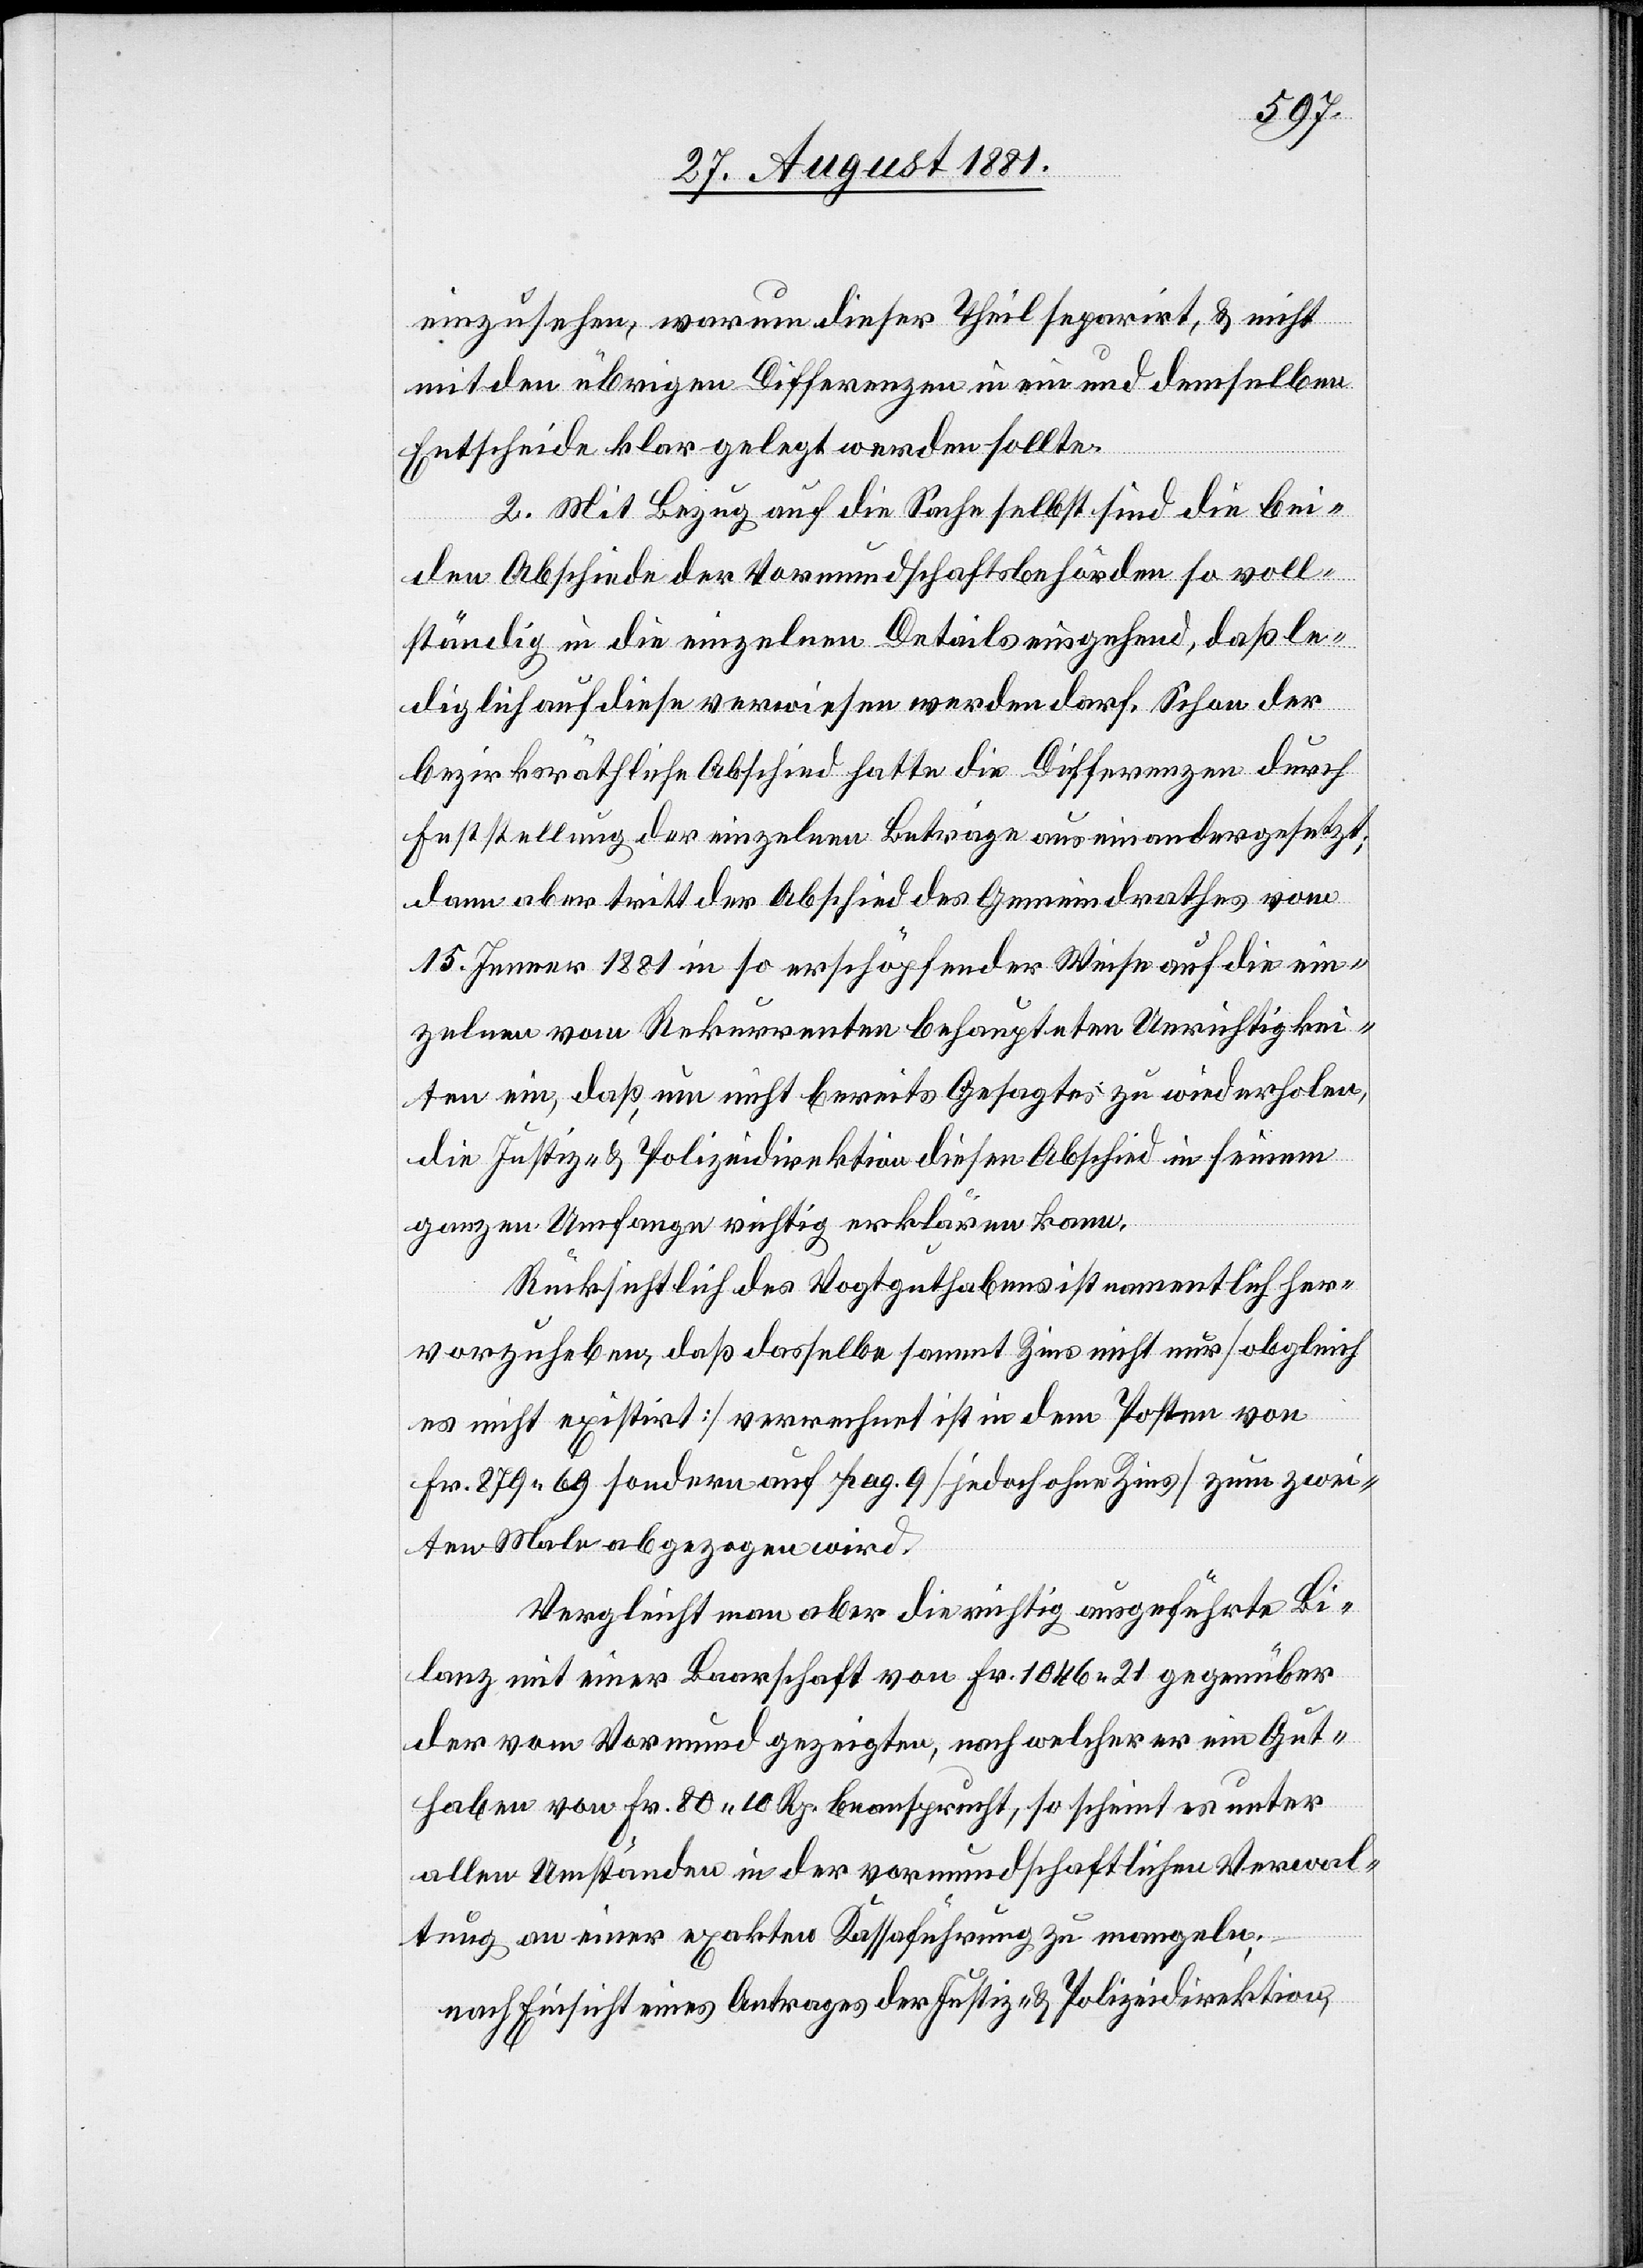
einzusehen, warum dieser Theil separirt & nicht
mit den übrigen Differenzen in ein und demselben
Entscheide klar gelegt werden sollte.
2. Mit Bezug auf die Sache selbst sind die bei¬
den Abschiede der Vormundschaftsbehörden so voll¬
ständig in die einzelnen Details eingehend, daß le¬
diglich auf diese verwiesen werden darf. Schon der
bezirksräthliche Abschied hatte die Differenzen durch
Feststellung der einzelnen Beträge auseinandergesetzt;
dann aber tritt der Abschied des Gemeindrathes vom
15. Januar 1881 in so erschöpfender Weise auf die ein¬
zelnen vom Rekurrenten behaupteten Unrichtigkei¬
ten ein, daß um nicht bereits Gesagtes zu wiederholen,
die Justiz- & Polizeidirektion diesen Abschied in seinem
ganzen Umfange richtig erklären kann.
Rücksichtlich des Vogtguthabens ist namentlich her¬
vorzuheben, daß dasselbe sammt Zins nicht nur [obgleic¬
h nicht existent] verrechnet ist in dem Posten von
Fr. 879 69 sondern auf pag. 9 [jedoch ohne Zins] zum zwei¬
ten Male abgezogen wird.
Vergleicht man aber die richtig ausgeführte Bi¬
lanz mit einer Baarschaft von Fr. 1046 21 gegenüber
der vom Vormund gezeigten, nach welcher er ein Gut¬
haben von Fr. 80 10 Rp. beansprucht, so scheint es unter
allen Umständen in der vormundschaftlichen Verwal¬
tung an einer exakten Kassaführung zu mangeln;
nach Einsicht eines Antrages der Justiz- & Polizeidirektion,